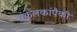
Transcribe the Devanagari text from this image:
संकलकांपैकी